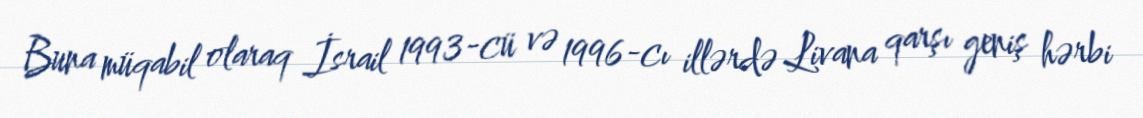
Buna müqabil olaraq İsrail 1993-cü və 1996-cı illərdə Livana qarşı geniş hərbi